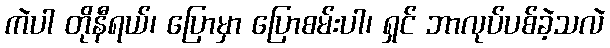
ကဲပါ တိုနီရယ်၊ ပြောမှာ ပြောစမ်းပါ၊ ရှင် ဘာလုပ်ပစ်ခဲ့သလဲ